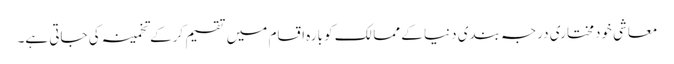
معاشی خودمختاری درجہ بندی دنیا کے ممالک کو بارہ اقسام میں تقسیم کرکے تخمینہ کی جاتی ہے۔